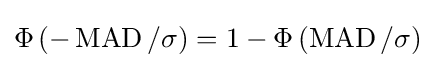
\Phi \left(-\operatorname {MAD} /\sigma \right)=1-\Phi \left(\operatorname {MAD} /\sigma \right)